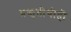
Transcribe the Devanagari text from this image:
प्रकृतीचीही